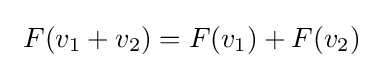
\ F(v_{1}+v_{2})=F(v_{1})+F(v_{2})\